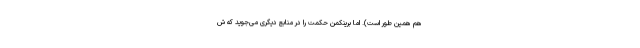
هم همین طور است). اما برینکمن حکمت را در منابع دیگری می‌جوید که ش